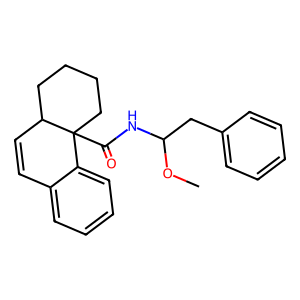
SMILES: COC(Cc1ccccc1)NC(=O)C12CCCCC1C=Cc1ccccc12
Inhibits HIV replication: No